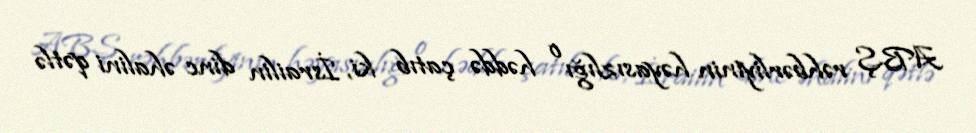
ABŞ rəhbərliyinin həyasızlığı o həddə çatıb ki, İsrailin dinc əhalini qətlə